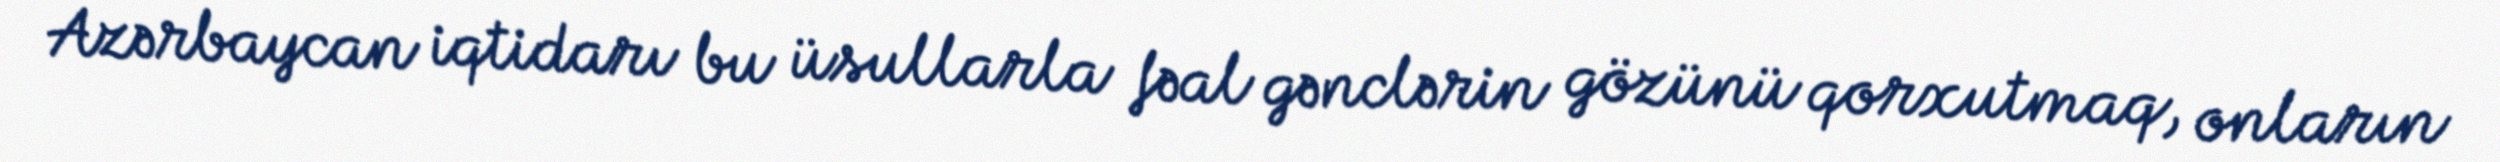
Azərbaycan iqtidarı bu üsullarla fəal gənclərin gözünü qorxutmaq, onların